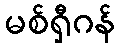
မစ်ရှီဂန်